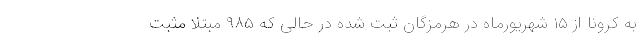
به کرونا از ۱۵ شهریورماه در هرمزگان ثبت شده در حالی که ۹۸۵ مبتلا مثبت